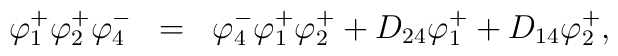
\begin{array}{rcl}\varphi_1^+\varphi_2^+\varphi_4^-&=&\varphi_4^-\varphi_1^+\varphi_2^++D_{24}\varphi_1^++D_{14}\varphi_2^+,\end{array}